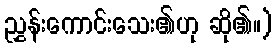
ညွှန်းကောင်းသေး၏ဟု ဆို၏။)